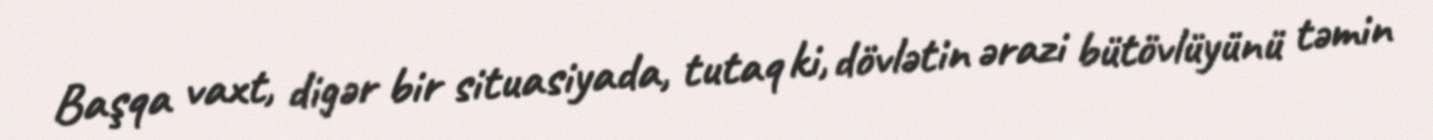
Başqa vaxt, digər bir situasiyada, tutaq ki, dövlətin ərazi bütövlüyünü təmin